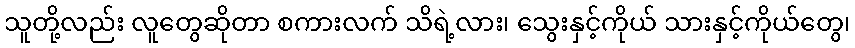
သူတို့လည်း လူတွေဆိုတာ စကားလက် သိရဲ့လား၊ သွေးနှင့်ကိုယ် သားနှင့်ကိုယ်တွေ၊